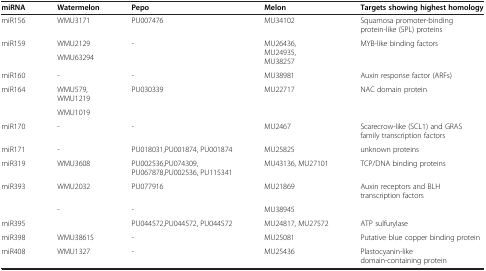
| miRNA | Watermelon | Pepo | Melon | Targets showing highest homology |
 | --- | --- | --- | --- | --- |
 | miR156 | WMU3171 | PU007476 | MU34102 | Squamosa promoter-binding protein-like (SPL) proteins |
 | <ROWSPAN=2> miR159 | WMU2129 | <ROWSPAN=2> - | <ROWSPAN=2> MU26436, MU24935,MU38257 | <ROWSPAN=2> MYB-like binding factors |
 | WMU63294 |
 | miR160 | - | - | MU38981 | Auxin response factor (ARFs) |
 | <ROWSPAN=2> miR164 | WMU579, WMU1219 | <ROWSPAN=2> PU030339 | <ROWSPAN=2> MU22717 | <ROWSPAN=2> NAC domain protein |
 | WMU1019 |
 | miR170 | - | - | MU2467 | Scarecrow-like (SCL1) and GRAS family transcription factors |
 | miR171 | - | PU018031,PU001874, PU001874 | MU25825 | unknown proteins |
 | miR319 | WMU3608 | PU002536,PU074309, PU067878,PU002536, PU115341 | MU43136, MU27101 | TCP/DNA binding proteins |
 | miR393 | WMU2032 | PU077916 | MU21869 | Auxin receptors and BLH transcription factors |
 |  | - | - | MU38945 |  |
 | miR395 |  | PU044572,PU044572, PU044572 | MU24817, MU27572 | ATP sulfurylase |
 | miR398 | WMU38615 | - | MU25081 | Putative blue copper binding protein |
 | miR408 | WMU1327 | - | MU25436 | Plastocyanin-like domain-containing protein |